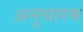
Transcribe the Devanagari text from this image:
अनुसारम